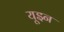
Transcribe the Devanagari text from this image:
यूइन